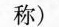
称）